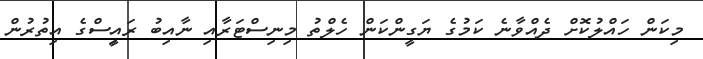
މިކަން ހައްލުކޮށް ދެއްވާނެ ކަމުގެ ޔަގީންކަން ހެލްތު މިނިސްޓަރާއި ނާއިބު ރައިީސްގެ އިތުރުން